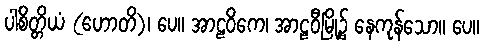
ပါစိတ္တိယံ (ဟောတိ)၊ ပေ။ အာဠဝိကေ၊ အာဠဝီမြို့၌ နေကုန်သော။ ပေ။